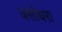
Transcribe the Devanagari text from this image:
जसोधरा